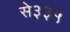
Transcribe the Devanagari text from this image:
से३३५